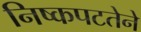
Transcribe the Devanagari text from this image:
निष्कपटतेने